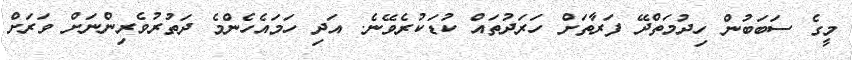
މީގެ ސަބަބުން ހިދުމަތްދޭ ފަރާތަށް ހަރަދުތައް ކުޑަކުރެވޭނެ. އަދި ހަމައެހެންމެ ދަތުރުވެރިންނަށް ވަރަށް